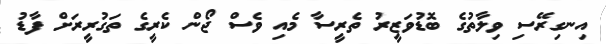
އިނގިރޭސި ވިލާތުގެ ބޮޑުވަޒީރު ތެރީސާ މެއި ވެސް ޖޯން ކެރީގެ ތަގުރީރަށް ފާޑު